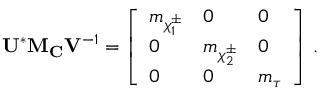
{ \bf U } ^ { * } { \bf M _ { C } } { \bf V } ^ { - 1 } = \left[ \begin{array} { l l l } { { m _ { \chi _ { 1 } ^ { \pm } } } } & { { 0 } } & { { 0 } } \\ { { 0 } } & { { m _ { \chi _ { 2 } ^ { \pm } } } } & { { 0 } } \\ { { 0 } } & { { 0 } } & { { m _ { \tau } } } \end{array} \right] \, .